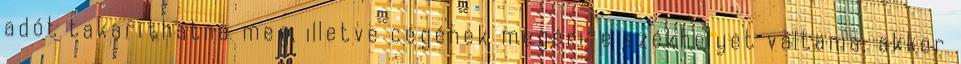
adót takaríthatna meg, illetve cégének megéri-e székhelyet váltania, akkor